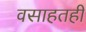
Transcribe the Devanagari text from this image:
वसाहतही